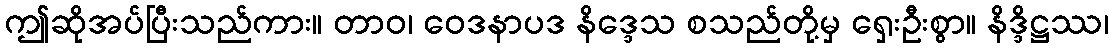
ဤဆိုအပ်ပြီးသည်ကား။ တာဝ၊ ဝေဒနာပဒ နိဒ္ဒေသ စသည်တို့မှ ရှေးဦးစွာ။ နိဒ္ဒိဋ္ဌဿ၊